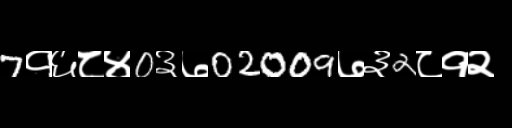
Text: 7१६८४0३७02009७३2८१२